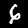
Label: 6